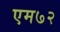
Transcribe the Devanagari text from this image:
एम७२